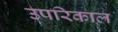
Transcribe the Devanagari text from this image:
उपरिकाल